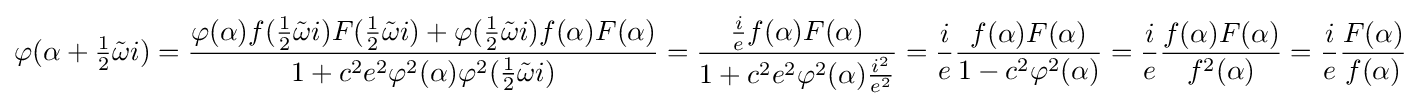
\varphi (\alpha +{\tfrac {1}{2}}{\tilde {\omega }}i)={\frac {\varphi (\alpha )f({\tfrac {1}{2}}{\tilde {\omega }}i)F({\tfrac {1}{2}}{\tilde {\omega }}i)+\varphi ({\tfrac {1}{2}}{\tilde {\omega }}i)f(\alpha )F(\alpha )}{1+c^{2}e^{2}\varphi ^{2}(\alpha )\varphi ^{2}({\tfrac {1}{2}}{\tilde {\omega }}i)}}={\frac {{\frac {i}{e}}f(\alpha )F(\alpha )}{1+c^{2}e^{2}\varphi ^{2}(\alpha ){\frac {i^{2}}{e^{2}}}}}={\frac {i}{e}}{\frac {f(\alpha )F(\alpha )}{1-c^{2}\varphi ^{2}(\alpha )}}={\frac {i}{e}}{\frac {f(\alpha )F(\alpha )}{f^{2}(\alpha )}}={\frac {i}{e}}{\frac {F(\alpha )}{f(\alpha )}}